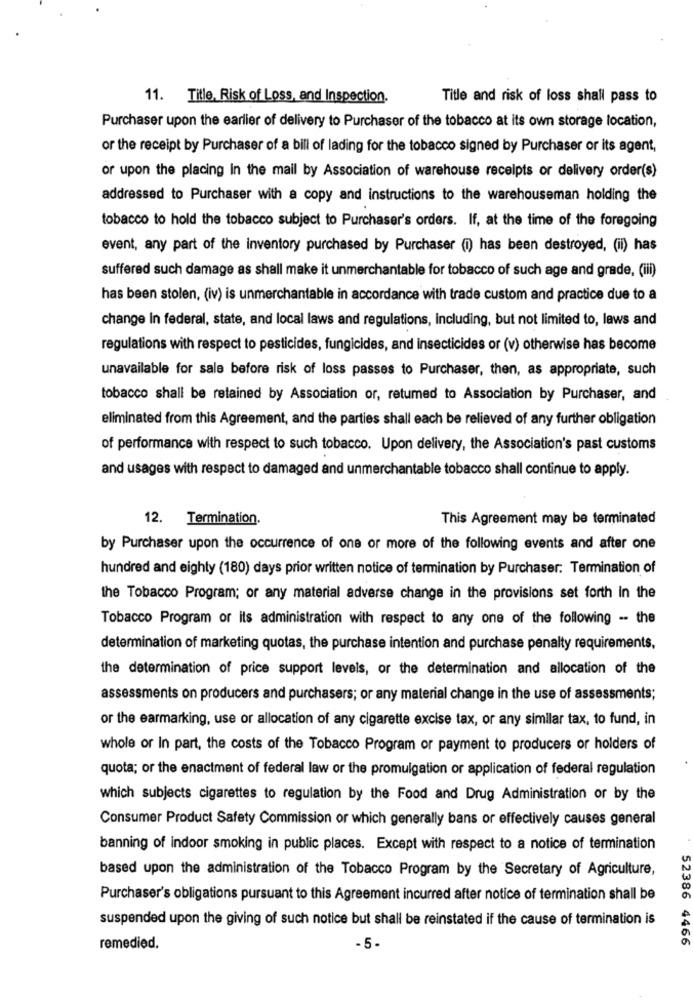
11. Title, Risk of Loss, and Inspection.
Title and risk of loss shall pass to
Purchaser upon the earlier of delivery to Purchaser of the tobacco at its own storage location,
or the receipt by Purchaser of a bill of lading for the tobacco signed by Purchaser or its agent,
or upon the placing in the mail by Association of warehouse receipts or delivery order(s)
addressed to Purchaser with a copy and instructions to the warehouseman holding the
tobacco to hold the tobacco subject to Purchaser's orders. If, at the time of the foregoing
event, any part of the inventory purchased by Purchaser (i) has been destroyed, (ii) has
suffered such damage as shall make it unmerchantable for tobacco of such age and grade, (iii)
has been stolen, (iv) is unmerchantable in accordance with trade custom and practice due to a
change In federal, state, and local laws and regulations, including, but not limited to, laws and
regulations with respect to pesticides, fungicides, and insecticides or (v) otherwise has become
unavailable for sale before risk of loss passes to Purchaser, then, as appropriate, such
tobacco shall be retained by Association or, retumed to Association by Purchaser, and
eliminated from this Agreement, and the parties shall each be relieved of any further obligation
of performance with respect to such tobacco. Upon delivery, the Association's past customs
and usages with respect to damaged and unmerchantable tobacco shall continue to apply.
12.
Termination.
This Agreement may be terminated
by Purchaser upon the occurrence of one or more of the following events and after one
hundred and eighty (180) days prior written notice of termination by Purchaser: Termination of
the Tobacco Program; or any material adverse change in the provisions set forth In the
Tobacco Program or its administration with respect to any one of the following -- the
determination of marketing quotas, the purchase intention and purchase penalty requirements,
the determination of price support levels, or the determination and allocation of the
assessments on producers and purchasers; or any material change in the use of assessments;
or the earmarking, use or allocation of any cigarette excise tax, or any similar tax, to fund, in
whole or In part, the costs of the Tobacco Program or payment to producers or holders of
quota; or the enactment of federal law or the promulgation or application of federal regulation
which subjects cigarettes to regulation by the Food and Drug Administration or by the
Consumer Product Safety Commission or which generally bans or effectively causes general
banning of indoor smoking in public places. Except with respect to a notice of termination
based upon the administration of the Tobacco Program by the Secretary of Agriculture,
Purchaser's obligations pursuant to this Agreement incurred after notice of termination shall be
suspended upon the giving of such notice but shall be reinstated if the cause of termination is
52386 4466
remedied.
- 5-